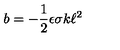
b = - \frac { 1 } { 2 } \epsilon \sigma k \ell ^ { 2 }